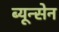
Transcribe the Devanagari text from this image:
ब्यून्सेन